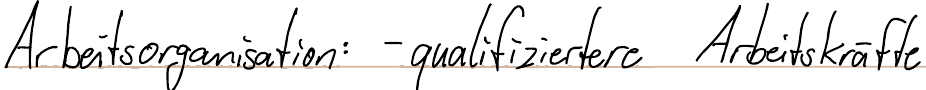
Arbeitsorganisation: - qualifizierte Arbeitskräfte